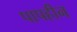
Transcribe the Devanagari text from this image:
पापहीन